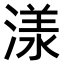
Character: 𣻌